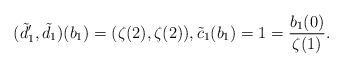
LaTeX: \begin{align*} (\tilde{d}_1',\tilde{d}_1)(b_1)=(\zeta(2),\zeta(2)), \tilde{c}_1(b_1)=1=\frac{b_1(0)}{\zeta(1)}. \end{align*}